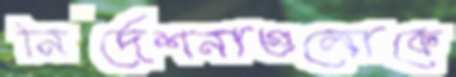
নির্দেশনাগুলোকে